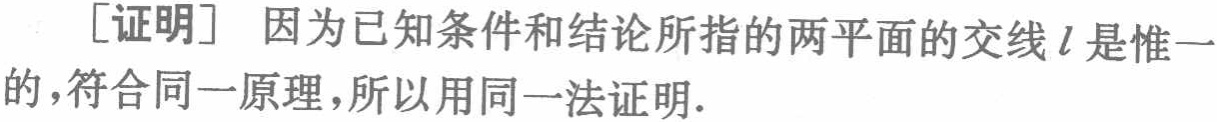
[证明] 因为已知条件和结论所指的两平面的交线 \(l\) 是惟一的，符合同一原理，所以用同一法证明．